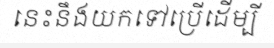
នេះនឹងយកទៅប្រើដើម្បី